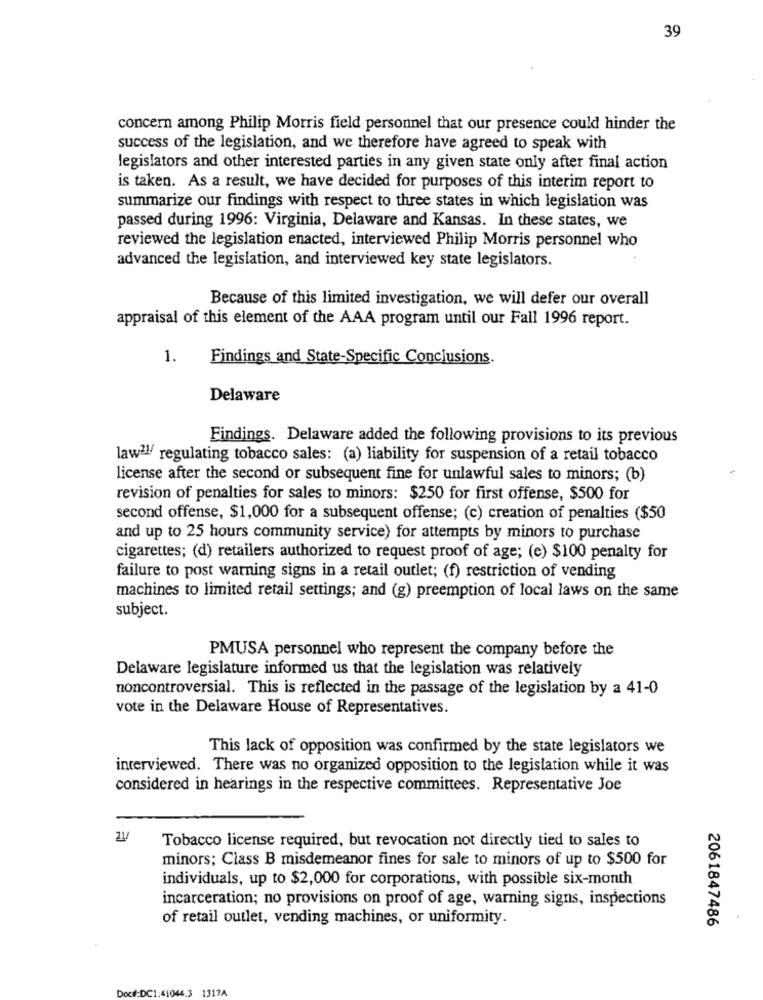
39
concern among Philip Morris field personnel that our presence could hinder the
success of the legislation, and we therefore have agreed to speak with
legislators and other interested parties in any given state only after final action
is taken. As a result, we have decided for purposes of this interim report to
summarize our findings with respect to three states in which legislation was
passed during 1996: Virginia, Delaware and Kansas. In these states, we
reviewed the legislation enacted, interviewed Philip Morris personnel who
advanced the legislation, and interviewed key state legislators.
Because of this limited investigation, we will defer our overall
appraisal of this element of the AAA program until our Fall 1996 report.
1.
Findings and State-Specific Conclusions.
Delaware
Findings. Delaware added the following provisions to its previous
law21/ regulating tobacco sales: (a) liability for suspension of a retail tobacco
license after the second or subsequent fine for unlawful sales to minors; (b)
revision of penalties for sales to minors: $250 for first offense, $500 for
second offense, $1,000 for a subsequent offense; (c) creation of penalties ($50
and up to 25 hours community service) for attempts by minors to purchase
cigarettes; (d) retailers authorized to request proof of age; (e) $100 penalty for
failure to post warning signs in a retail outlet; (f) restriction of vending
machines to limited retail settings; and (g) preemption of local laws on the same
subject.
PMUSA personnel who represent the company before the
Delaware legislature informed us that the legislation was relatively
noncontroversial. This is reflected in the passage of the legislation by a 41-0
vote in the Delaware House of Representatives.
This lack of opposition was confirmed by the state legislators we
interviewed. There was no organized opposition to the legislation while it was
considered in hearings in the respective committees. Representative Joe
21/
Tobacco license required, but revocation not directly tied to sales to
minors; Class B misdemeanor fines for sale to minors of up to $500 for
individuals, up to $2,000 for corporations, with possible six-month
incarceration; no provisions on proof of age, warning signs, inspections
of retail outlet, vending machines, or uniformity.
2061847486
Doc#:DC1:41044.3
1317A